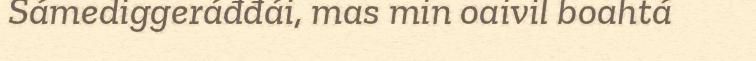
Sámediggeráđđái, mas min oaivil boahtá